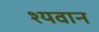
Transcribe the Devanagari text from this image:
श्यवान